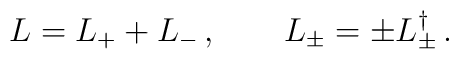
L=L_++L_-\,,\qquad L_\pm =\pm L_\pm^\dag \,.